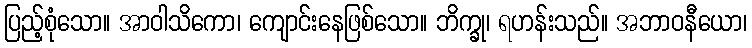
ပြည့်စုံသော။ အာဝါသိကော၊ ကျောင်းနေဖြစ်သော။ ဘိက္ခု၊ ရဟန်းသည်။ အဘာဝနီယော၊